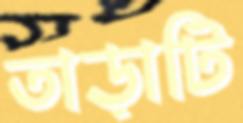
তাড়াটি